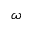
\omega